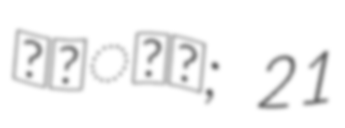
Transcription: জলিল; 21